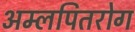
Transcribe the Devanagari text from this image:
अम्लपितरोग